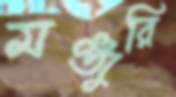
মঞ্জুরি